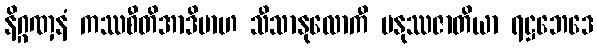
နိဂ္ဂဏှနံ ကဿစီတိအာဒိမာဟ သီသာနုလောကီ မနုဿဇာတိယာ ရဋ္ဌဘေဒေ